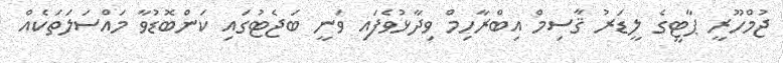
ޖުމްހޫރީ ޕާޓީގެ ލީޑަރު ޤާސިމް އިބްރާހިމް ވިދާޅުވެފައި ވަނީ ބަޖެޓުގައި ކަންބޮޑުވާ މައްސަލަތަކެއް